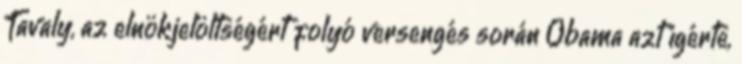
Tavaly, az elnökjelöltségért folyó versengés során Obama azt ígérte,